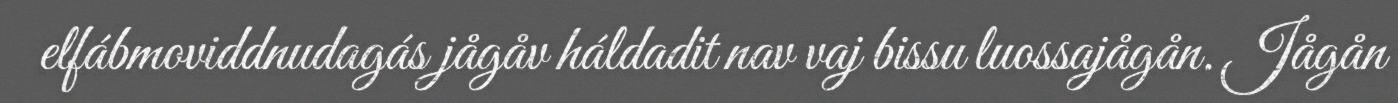
elfábmoviddnudagás jågåv háldadit nav vaj bissu luossajågån. Jågån